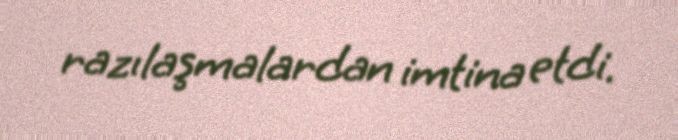
razılaşmalardan imtina etdi.